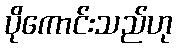
ပိုကောင်းသည်ဟု